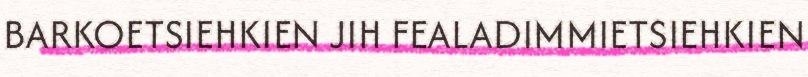
BARKOETSIEHKIEN JIH FEALADIMMIETSIEHKIEN